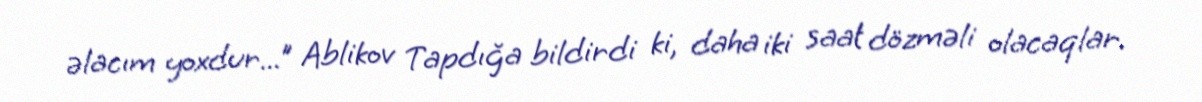
əlacım yoxdur...” Ablikov Tapdığa bildirdi ki, daha iki saat dözməli olacaqlar.